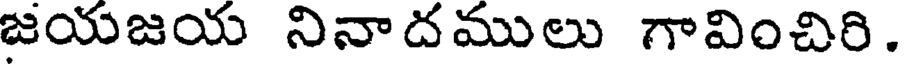
జయజయ నినాదములు గావించిరి.